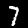
Label: 7